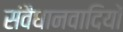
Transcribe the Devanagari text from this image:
संवैधानवादियों